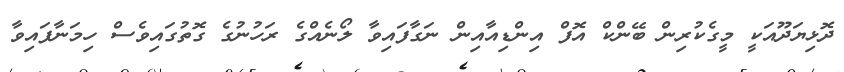
ދޮޅިޔަދޫއަކީ މީގެކުރިން ބޭންކް އޮފް އިންޑިއާއިން ނަގާފައިވާ ލޯނެއްގެ ރަހުނުގެ ގޮތުގައިވެސް ހިމަނާފައިވާ